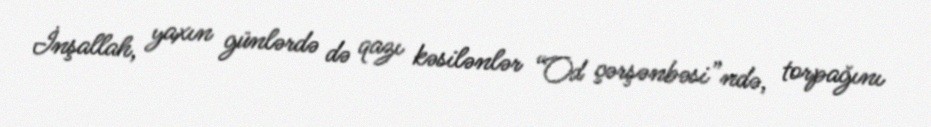
İnşallah, yaxın günlərdə də qazı kəsilənlər “Od çərşənbəsi”ndə, torpağını